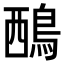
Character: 𪀹